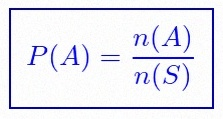
P(A)=\frac{n(A)}{n(S)}